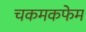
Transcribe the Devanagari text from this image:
चकमकफेम